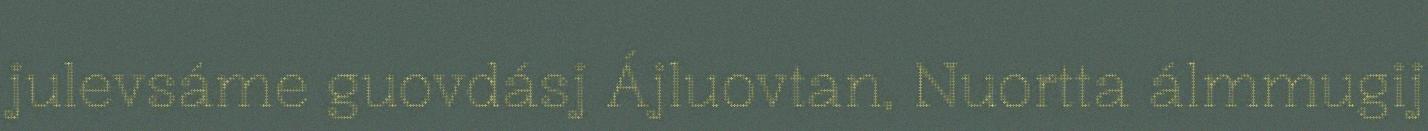
julevsáme guovdásj Ájluovtan, Nuortta álmmugij